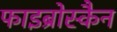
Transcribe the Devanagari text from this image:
फाइब्रोस्कैन